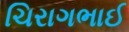
ચિરાગભાઈ